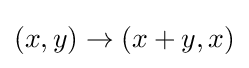
(x,y)\to (x+y,x)